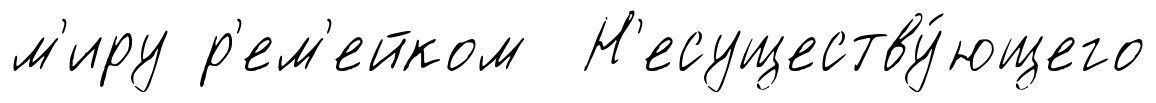
м'иру р'ем'ейком Н'есуществу́ющего